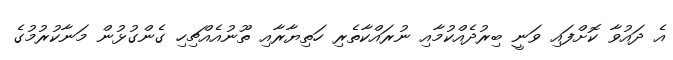
އެ ދައުވާ ކޮށްފައި ވަނީ ބިރުދެއްކުމާއި ނުރައްކާތެރި ހަތިޔާރާއި ތޫނުއެއްޗިހި ގެންގުޅުން މަނާކުރުމުގެ